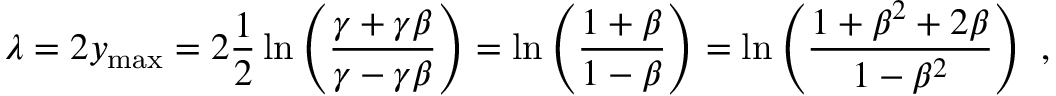
\lambda = 2 y _ { \mathrm { m a x } } = 2 \frac { 1 } { 2 } \ln \left( \frac { \gamma + \gamma \beta } { \gamma - \gamma \beta } \right) = \ln \left( \frac { 1 + \beta } { 1 - \beta } \right) = \ln \left( \frac { 1 + \beta ^ { 2 } + 2 \beta } { 1 - \beta ^ { 2 } } \right) ~ ,